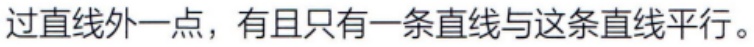
过直线外一点，有且只有一条直线与这条直线平行。